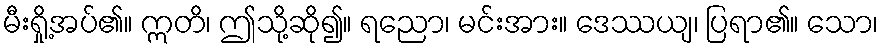
မီးရှို့အပ်၏။ ဣတိ၊ ဤသို့ဆို၍။ ရညော၊ မင်းအား။ ဒေဿယျ၊ ပြရာ၏။ သော၊